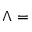
\Lambda =